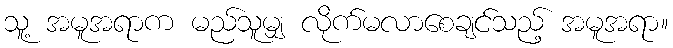
သူ့ အမူအရာက မည်သူမျှ လိုက်မလာစေချင်သည့် အမူအရာ။